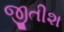
જીતીશ